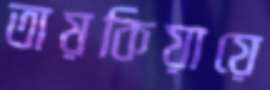
তায়কিয়ায়ে